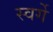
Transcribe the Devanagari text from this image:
स्वर्गे